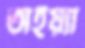
অইয়্যা